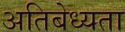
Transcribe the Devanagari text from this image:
अतिबेध्यता